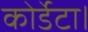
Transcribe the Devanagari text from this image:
कोर्डेटा।